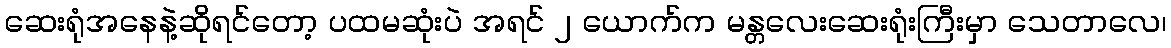
ဆေးရုံအနေနဲ့ဆိုရင်တော့ ပထမဆုံးပဲ အရင် ၂ ယောက်က မန္တလေးဆေးရုံးကြီးမှာ သေတာလေ၊